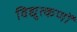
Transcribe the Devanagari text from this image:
विद्युत्कणों